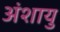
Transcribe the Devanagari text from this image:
अंशायु